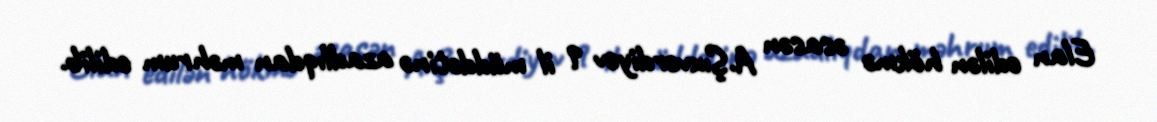
Elan edilən hökmə əsasən A.Şıxverdiyev 9 il müddətinə azadlıqdan məhrum edilib.